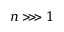
n \ggg 1